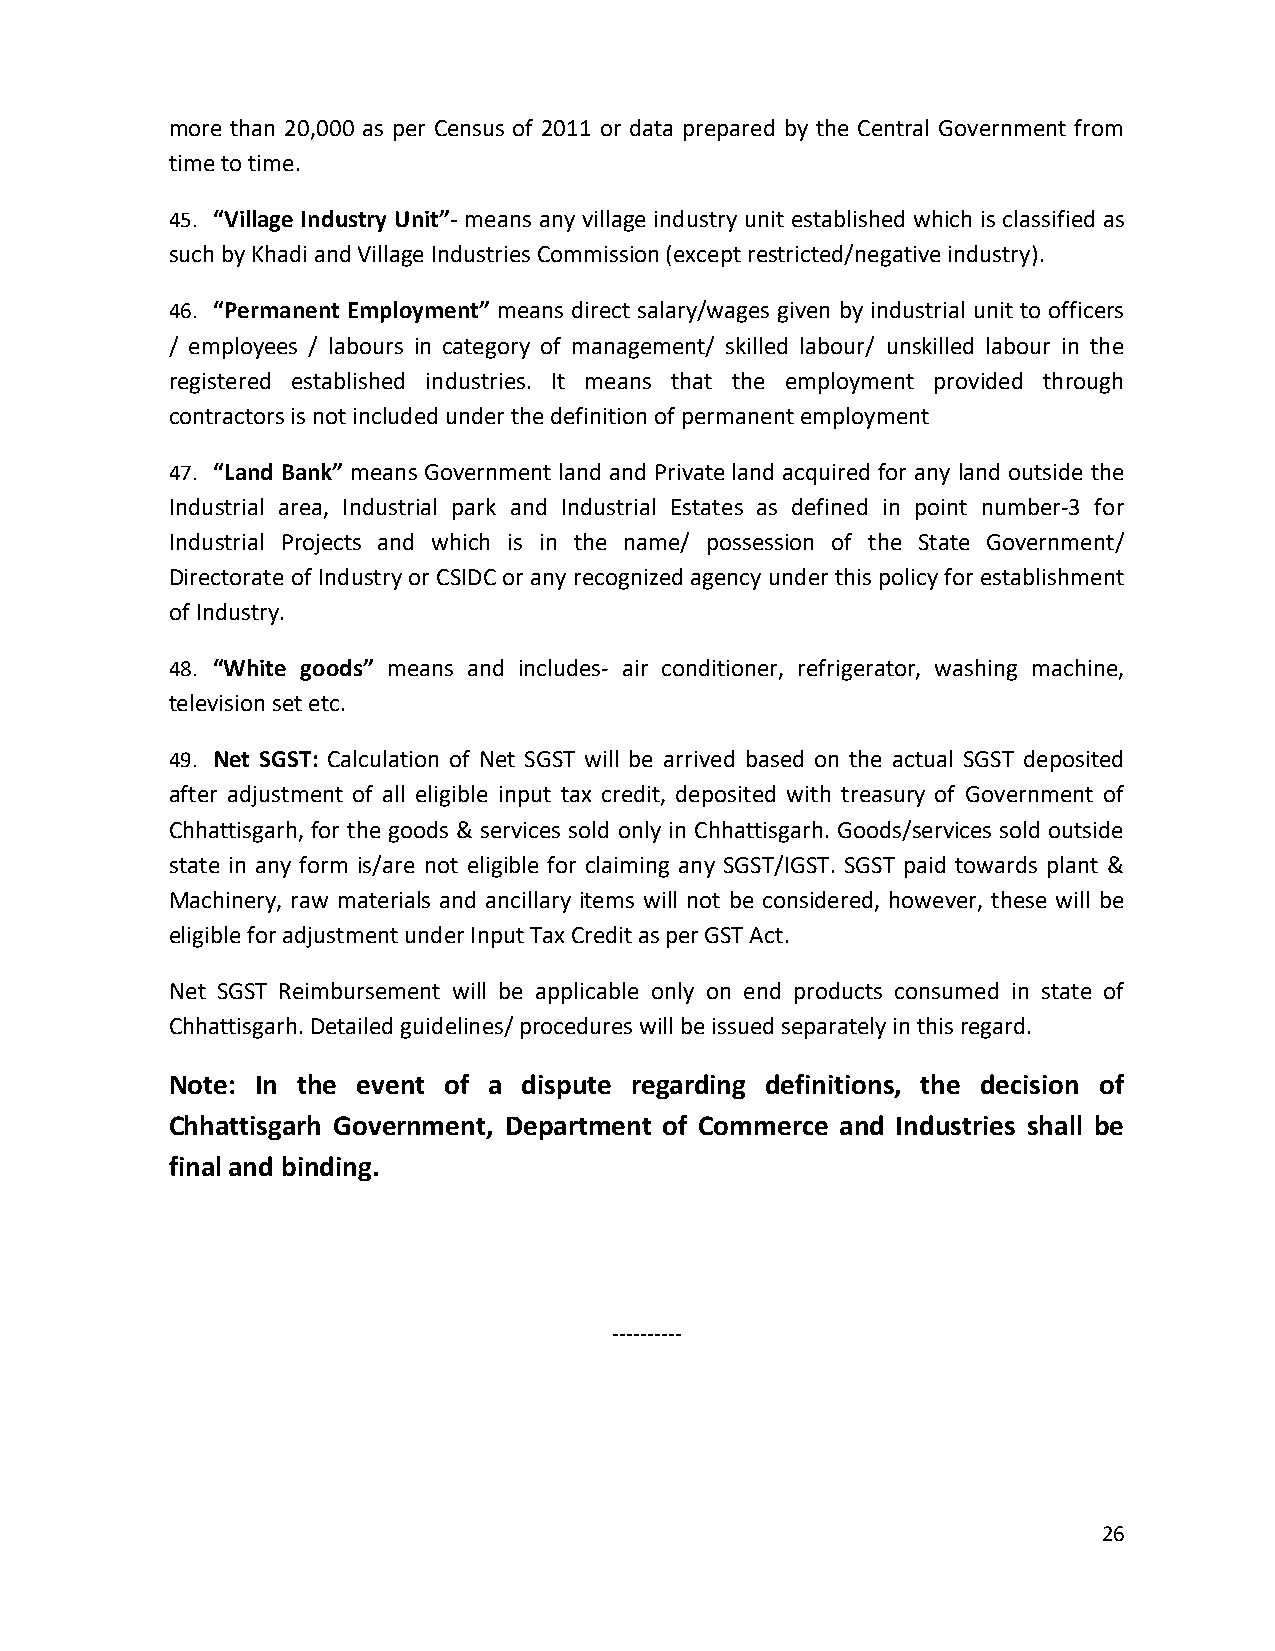
more than 20,000 as per Census of 2011 or data prepared by the Central Government from
 time to time.
 45. “Village Industry Unit”- means any village industry unit established which is classified as
 such by Khadi and Village Industries Commission (except restricted/negative industry).
 46. “Permanent Employment” means direct salary/wages given by industrial unit to officers
 / employees / labours in category of management/ skilled labour/ unskilled labour in the
 registered established industries. It means that the employment provided through
 contractors is not included under the definition of permanent employment
 47. “Land Bank” means Government land and Private land acquired for any land outside the
 Industrial area, Industrial park and Industrial Estates as defined in point number-3 for
 Industrial Projects and which is in the name/ possession of the State Government/
 Directorate of Industry or CSIDC or any recognized agency under this policy for establishment
 of Industry.
 48. “White goods” means and includes- air conditioner, refrigerator, washing machine,
 television set etc.
 49. Net SGST: Calculation of Net SGST will be arrived based on the actual SGST deposited
 after adjustment of all eligible input tax credit, deposited with treasury of Government of
 Chhattisgarh, for the goods & services sold only in Chhattisgarh. Goods/services sold outside
 state in any form is/are not eligible for claiming any SGST/IGST. SGST paid towards plant &
 Machinery, raw materials and ancillary items will not be considered, however, these will be
 eligible for adjustment under Input Tax Credit as per GST Act.
 Net SGST Reimbursement will be applicable only on end products consumed in state of
 Chhattisgarh. Detailed guidelines/ procedures will be issued separately in this regard.
 Note: In the event of a dispute regarding definitions, the decision of
 Chhattisgarh Government, Department of Commerce and Industries shall be
 final and binding.
 ----------
 26